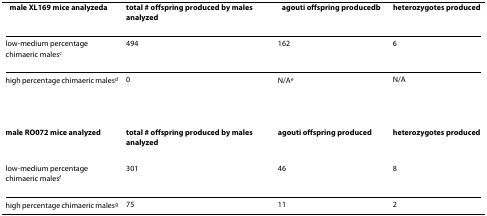
<table><thead><tr><td><b>male XL169 mice analyzed<sup>a</sup></b></td><td><b>total # offspring produced by males analyzed</b></td><td><b>agouti offspring produced<sup>b</sup></b></td><td><b>heterozygotes produced</b></td></tr></thead><tbody><tr><td>low-medium percentage chimaeric males<sup>c</sup></td><td>494</td><td>162</td><td>6</td></tr><tr><td>high percentage chimaeric males<sup>d</sup></td><td>0</td><td>N/A<sup>e</sup></td><td>N/A</td></tr><tr><td><b>male RO072 mice analyzed</b></td><td><b>total # offspring produced by males analyzed</b></td><td><b>agouti offspring produced</b></td><td><b>heterozygotes produced</b></td></tr><tr><td>low-medium percentage chimaeric males<sup>f</sup></td><td>301</td><td>46</td><td>8</td></tr><tr><td>high percentage chimaeric males<sup>g</sup></td><td>75</td><td>11</td><td>2</td></tr></tbody></table>